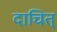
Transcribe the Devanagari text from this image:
दाचित्